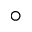
\circ